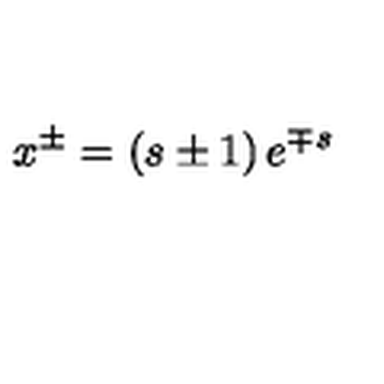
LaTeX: x ^ { \pm } = \left( s \pm 1 \right) e ^ { \mp s }